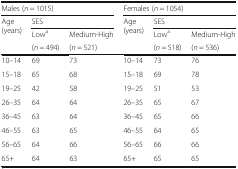
<table><thead><tr><td colspan="3"><b>Males (<i>n</i> = 1015)</b></td><td colspan="3"><b>Females (<i>n</i> = 1054)</b></td></tr><tr><td rowspan="3"><b>Age (years)</b></td><td colspan="2"><b>SES</b></td><td rowspan="3"><b>Age (years)</b></td><td colspan="2"><b>SES</b></td></tr><tr><td><b>Low<sup>a</sup></b></td><td><b>Medium-High</b></td><td><b>Low<sup>a</sup></b></td><td><b>Medium-High</b></td></tr><tr><td><b>(<i>n</i> = 494)</b></td><td><b>(<i>n</i> = 521)</b></td><td><b>(<i>n</i> = 518)</b></td><td><b>(<i>n</i> = 536)</b></td></tr></thead><tbody><tr><td>10–14</td><td>69</td><td>73</td><td>10–14</td><td>73</td><td>76</td></tr><tr><td>15–18</td><td>65</td><td>68</td><td>15–18</td><td>69</td><td>78</td></tr><tr><td>19–25</td><td>42</td><td>58</td><td>19–25</td><td>51</td><td>53</td></tr><tr><td>26–35</td><td>64</td><td>64</td><td>26–35</td><td>65</td><td>67</td></tr><tr><td>36–45</td><td>63</td><td>64</td><td>36–45</td><td>65</td><td>66</td></tr><tr><td>46–55</td><td>63</td><td>65</td><td>46–55</td><td>64</td><td>65</td></tr><tr><td>56–65</td><td>64</td><td>66</td><td>56–65</td><td>66</td><td>66</td></tr><tr><td>65+</td><td>64</td><td>63</td><td>65+</td><td>65</td><td>65</td></tr></tbody></table>